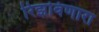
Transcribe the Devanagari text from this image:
रिझविणारा